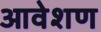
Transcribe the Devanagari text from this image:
आवेशण